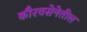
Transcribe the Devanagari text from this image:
कौरवसेनेतील